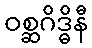
ဝစ္ဆဂိဒ္ဓိနီ